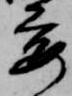
要